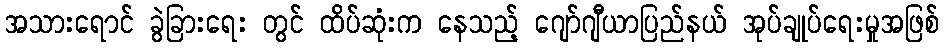
အသားရောင် ခွဲခြားရေး တွင် ထိပ်ဆုံးက နေသည့် ဂျော်ဂျီယာပြည်နယ် အုပ်ချုပ်ရေးမှုအဖြစ်